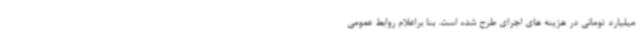
میلیارد تومانی در هزینه های اجرای طرح شده است. بنا براعلام روابط عمومی